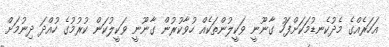
އަހަރެއްގެ މެދުކެނޑުމަކަށްފަހު ގާނޫނީ ވަކީލުންތަކެއް ހުވާކުރުން ގާނޫނީ ވަކީލުކަން ކުރުމުގެ ހުއްދަ ދިނުމަށް